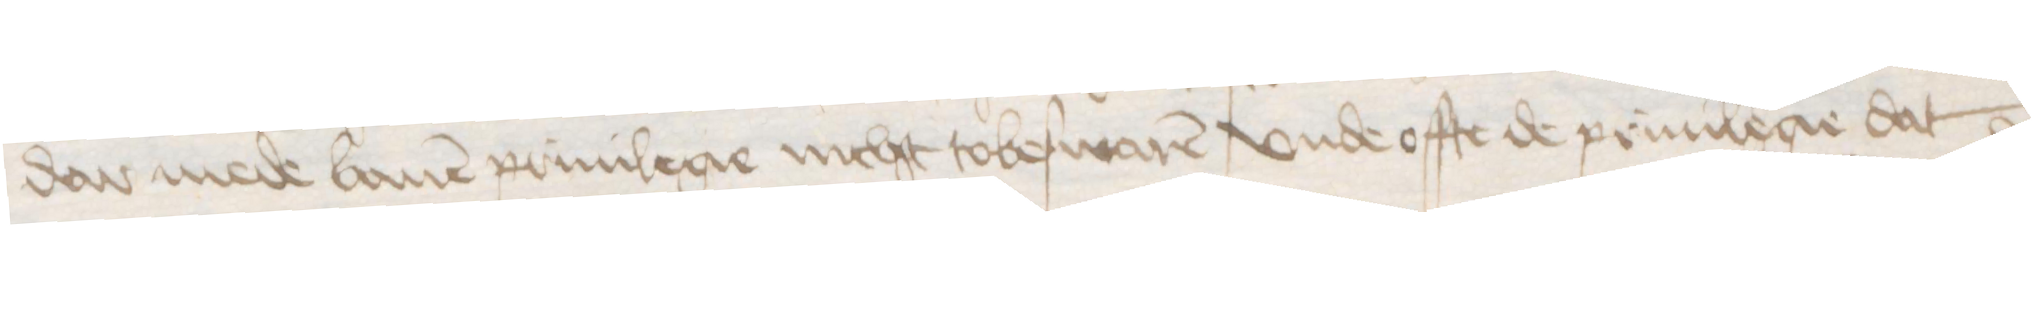
dar mede bauen priuilegie nicht tobeswaren vnde offte de priuilegie dat